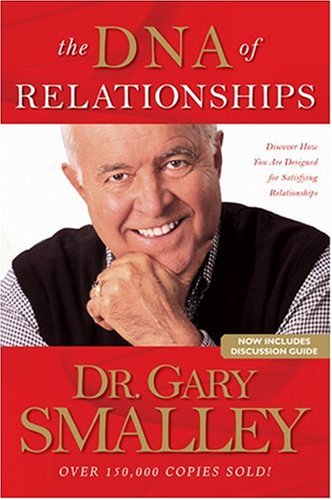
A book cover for The DNA of Relationships; Gary Smalley; Christian Books & Bibles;